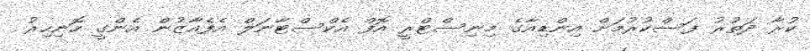
ކުރާ ދަތުރު ފަސްކުރުމަށް އިންޑިއާގެ މިނިސްޓްރީ އޮފް އެކްސްޓާނަލް އެފެއާޒުން އެންގީ ހޮނިހިރު